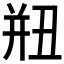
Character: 𢆗